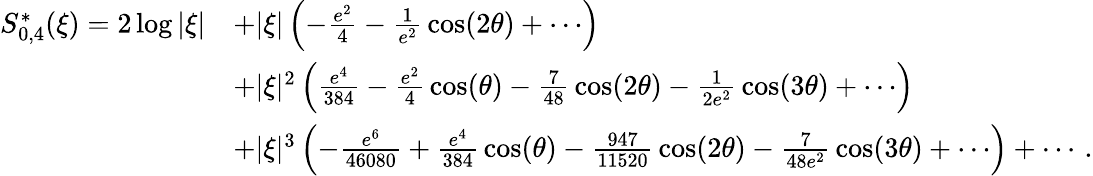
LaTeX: \begin{array}{rl}{S_{0,4}^{\ast}(\xi)=2\log|\xi|}&{+|\xi|\left(-{\frac{e^{2}}{4}}-{\frac{1}{e^{2}}}\cos(2\theta)+\cdots\right)}\\ &{+|\xi|^{2}\left({\frac{e^{4}}{384}}-{\frac{e^{2}}{4}}\cos(\theta)-{\frac{7}{48}}\cos(2\theta)-{\frac{1}{2e^{2}}}\cos(3\theta)+\cdots\right)}\\ &{+|\xi|^{3}\left(-{\frac{e^{6}}{46080}}+{\frac{e^{4}}{384}}\cos(\theta)-{\frac{947}{11520}}\cos(2\theta)-{\frac{7}{48e^{2}}}\cos(3\theta)+\cdots\right)+\cdots\, .}\end{array}